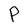
Character: P